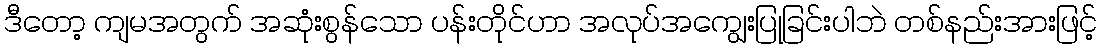
ဒီတော့ ကျမအတွက် အဆုံးစွန်သော ပန်းတိုင်ဟာ အလုပ်အကျွေးပြုခြင်းပါဘဲ တစ်နည်းအားဖြင့်